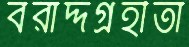
বরাদ্দগ্রহীতা